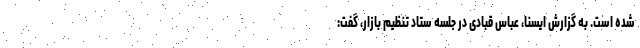
شده است. به گزارش ایسنا، عباس قبادی در جلسه ستاد تنظیم بازار، گفت: